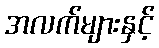
အလက်များနှင့်